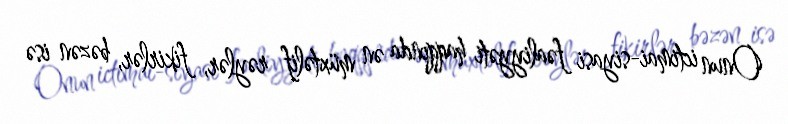
Onun ictimai-siyasi fəaliyyəti haqqında ən müxtəlif rəylər, fikirlər, bəzən isə